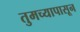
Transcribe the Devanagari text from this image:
तुमच्यापासून